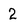
Character: 2